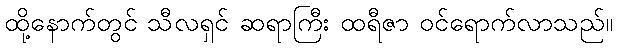
ထို့နောက်တွင် သီလရှင် ဆရာကြီး ထရီဇာ ဝင်ရောက်လာသည်။